Annual administration report of the Civil Veterinary Department of India - 1894-1895
Year: 1894
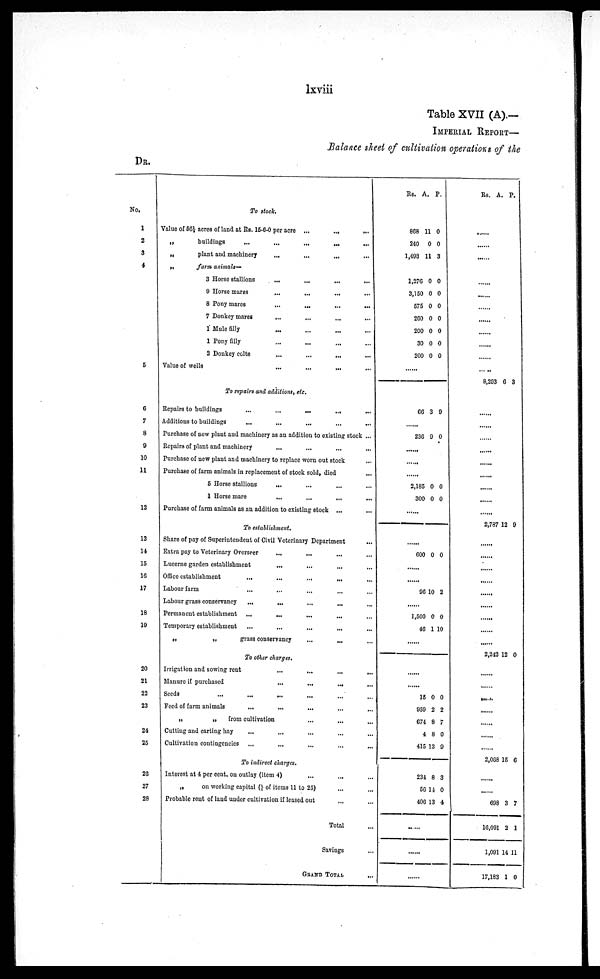
lxviii
Table XVII (A).—
IMPERIAL REPORT—
Balance sheet of cultivation operations of the
DR.
No.
1
2
3
4
5
6
7
8
9
10
11
12
13
14
15
10
17
18
19
20
21
23
23
24
25
26
27
28
To stock.
Value of 56½ acres of land at Rs. 15-6-0 per acre ...
...
...
„
buildings
...
...
...
...
...
„
plant and machinery
...
...
...
...
....
„
farm animals—
3 Horse stallions
...
...
...
...
9 Horse mares
...
...
...
...
8 Pony mares
...
...
...
.....
7 Donkey mares
...
...
...
......
1 Mule filly
...
...
...
.....
1 Pony filly ... ... ... ... ...
2 Donkey colts ... ... ... ... ...
Value of wells
...
...
......
To repairs and additions, etc.
Repairs to buildings
...
...
...
......
Additions to buildings
...
...
...
.....
Purchase of new plant and machinery as an addition to existing stock... ...
Repairs of plant and machinery
...
...
...
.....
Purchase of new plant and machinery to replace worn out stock ...
Purchase of farm animals in replacement of stock sold, died..
5 Horse stallions
...
...
...
.....
1 Horse mare
...
...
.....
Purchase of farm animals as an addition to existing stock ...
To establishment.
Share of pay of Superintendent of Civil Veterinary Department...
Extra pay to Veterinary Overseer
...
... ... ...
Lucerne garden establishment
...
...
...
......
Office establishment
...
...
...
.....
Labour farm ... ... ... ......
Labour grass conservancy
...
...
...
......
Permanent establishment ... ... ... ... ...
Temporary establishment
...
...
...
.....
„
„
grass conservancy
... ... ...
To other charges.
Irrigation and sowing rent
...
...
...
......
Manure if purchased
...
...
......
Seeds ... ... ... ... ...
Feed of farm animals
...
...
...
......
„
„
from
cultivation...
Cutting and carting hay
... ... ... .... ...
Cultivation contingencies ... ... ... ... ...
To indirect charges. ...
Interest at 4 per cent. on outlay (item 4) ... ... ... ... ...
„
on working capital (J of items 11 to 25) ... ...
Probable rent of laud under cultivation if leased out ... ...
Total
...
Savings...
GRAND
TOTAL
...
Rs.
A. P.
868
240
1,493
11
0
11
0
0
3
1,276
3,150
575
260
200
30
200
0
0
0
0
0
0
0
0
0
0
0
0
0
0
.....
66 3 9
.....
236 9 0
.....
.....
.....
2,185
300
0
0
0
0
.....
600 0 0
.....
96 10 2
.....
2,500
46
0
1
0
10
.....
.....
.....
.....
15
959
674
4
415
234
50
406
0
2
8
8
12
8
14
13
0
2
7
0
9
3
0
4
.....
.....
Rs.
A. P.
......
......
.....
.....
.....
.....
.....
.....
.....
.....
.....
8,293
6 3
.....
.....
.....
.....
.....
.....
.....
.....
.....
2,787 12 9
.....
......
.....
.....
.....
.....
.....
2,242
12 0
.....
.....
.....
2,968
16 6
......
......
698
16,091
1,091
17,183
3
2
14
1
7
1
11
0